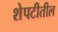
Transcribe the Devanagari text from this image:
शेपटीतील